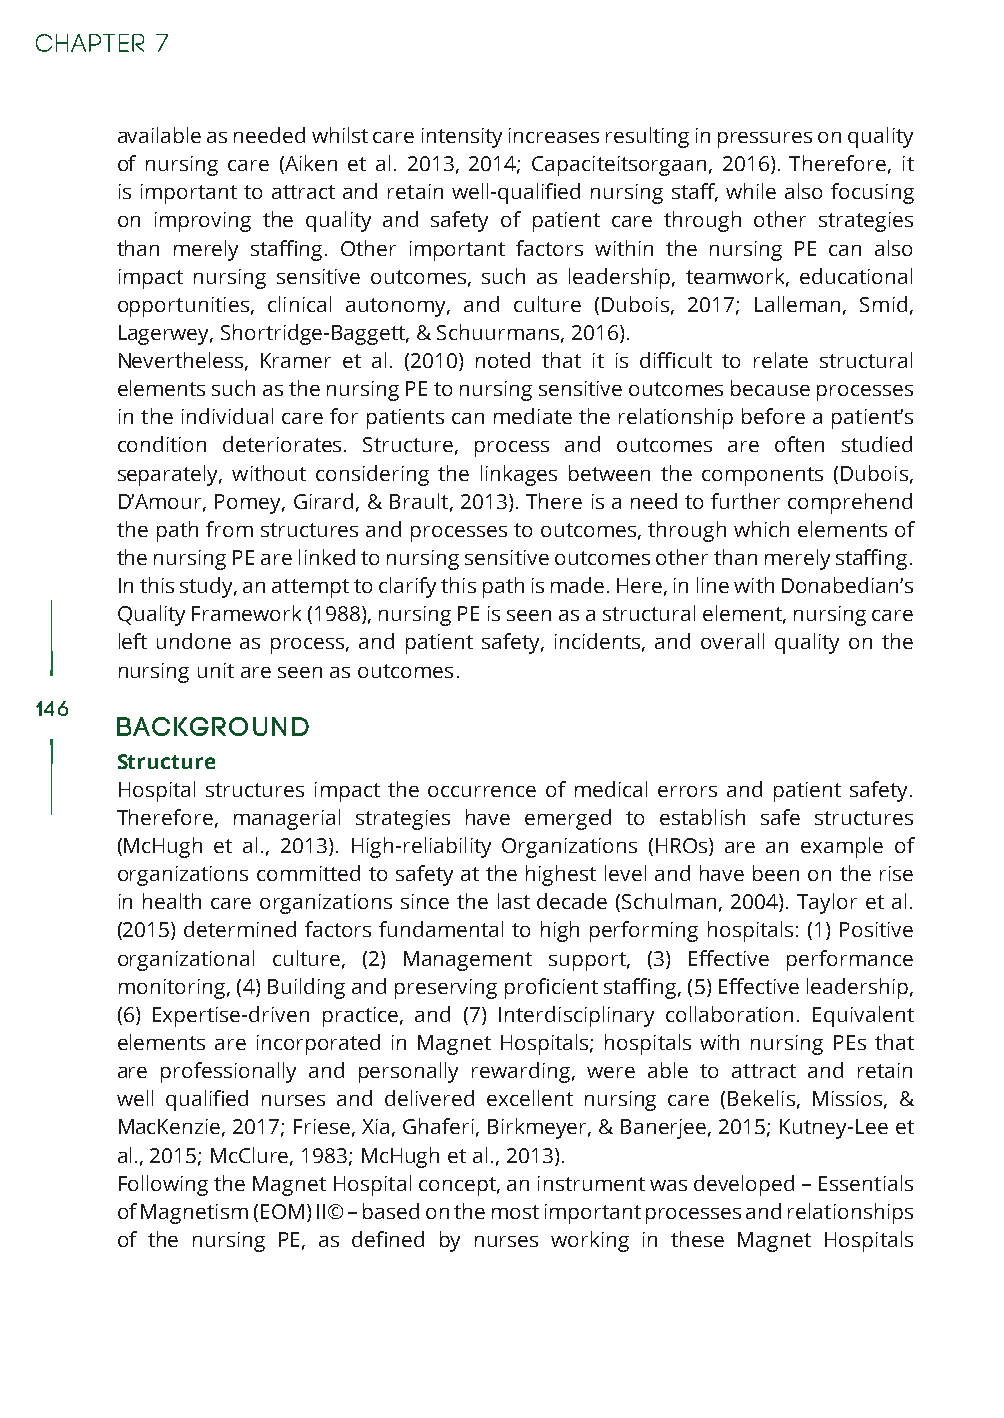
available as needed whilst care intensity increases resulting in pressures on quality
 of nursing care (Aiken et al. 2013, 2014; Capaciteitsorgaan, 2016). Therefore, it
 is important to attract and retain well-qualified nursing staff, while also focusing
 on improving the quality and safety of patient care through other strategies
 than merely staffing. Other important factors within the nursing PE can also
 impact nursing sensitive outcomes, such as leadership, teamwork, educational
 opportunities, clinical autonomy, and culture (Dubois, 2017; Lalleman, Smid,
 Lagerwey, Shortridge-Baggett, & Schuurmans, 2016).
 Nevertheless, Kramer et al. (2010) noted that it is difficult to relate structural
 elements such as the nursing PE to nursing sensitive outcomes because processes
 in the individual care for patients can mediate the relationship before a patient’s
 condition deteriorates. Structure, process and outcomes are often studied
 separately, without considering the linkages between the components (Dubois,
 D’Amour, Pomey, Girard, & Brault, 2013). There is a need to further comprehend
 the path from structures and processes to outcomes, through which elements of
 the nursing PE are linked to nursing sensitive outcomes other than merely staffing.
 In this study, an attempt to clarify this path is made. Here, in line with Donabedian’s
 Quality Framework (1988), nursing PE is seen as a structural element, nursing care
 left undone as process, and patient safety, incidents, and overall quality on the
 nursing unit are seen as outcomes.
 146
 Background
 Structure
 Hospital structures impact the occurrence of medical errors and patient safety.
 Therefore, managerial strategies have emerged to establish safe structures
 (McHugh et al., 2013). High-reliability Organizations (HROs) are an example of
 organizations committed to safety at the highest level and have been on the rise
 in health care organizations since the last decade (Schulman, 2004). Taylor et al.
 (2015) determined factors fundamental to high performing hospitals: (1) Positive
 organizational culture, (2) Management support, (3) Effective performance
 monitoring, (4) Building and preserving proficient staffing, (5) Effective leadership,
 (6) Expertise-driven practice, and (7) Interdisciplinary collaboration. Equivalent
 elements are incorporated in Magnet Hospitals; hospitals with nursing PEs that
 are professionally and personally rewarding, were able to attract and retain
 well qualified nurses and delivered excellent nursing care (Bekelis, Missios, &
 MacKenzie, 2017; Friese, Xia, Ghaferi, Birkmeyer, & Banerjee, 2015; Kutney-Lee et
 al., 2015; McClure, 1983; McHugh et al., 2013).
 Following the Magnet Hospital concept, an instrument was developed – Essentials
 of Magnetism (EOM) II© – based on the most important processes and relationships
 of the nursing PE, as defined by nurses working in these Magnet Hospitals